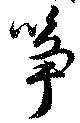
筝